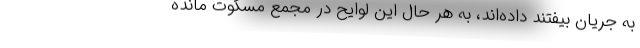
به جریان بیفتند داده‌اند، به هر حال این لوایح در مجمع مسکوت مانده